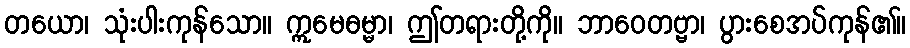
တယော၊ သုံးပါးကုန်သော။ ဣမေဓမ္မာ၊ ဤတရားတို့ကို။ ဘာဝေတဗ္ဗာ၊ ပွားစေအပ်ကုန်၏။